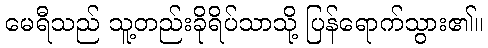
မေရီသည် သူ့တည်းခိုရိပ်သာသို့ ပြန်ရောက်သွား၏။